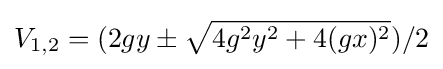
V_{1,2}=(2gy\pm {\sqrt {4g^{2}y^{2}+4(gx)^{2}}})/2